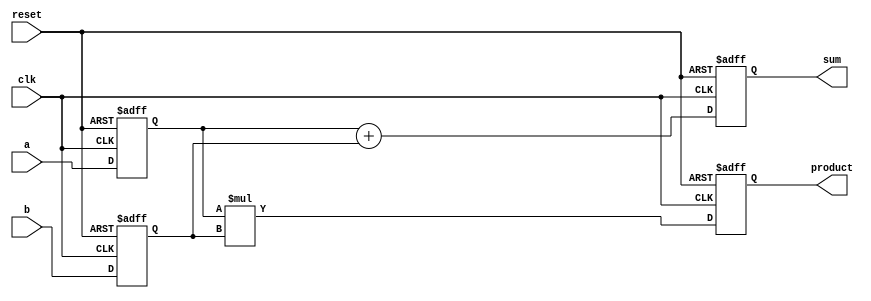
module example_design (
    input wire clk,
    input wire reset,
    input wire [3:0] a,
    input wire [3:0] b,
    output reg [4:0] sum,
    output reg [3:0] product
);

// State variables
reg [3:0] state_a;
reg [3:0] state_b;

// Task to perform addition
task perform_addition;
    input [3:0] x;
    input [3:0] y;
    begin
        sum <= x + y; // Non-blocking assignment for concurrent behavior
    end
endtask

// Task to perform multiplication
task perform_multiplication;
    input [3:0] x;
    input [3:0] y;
    begin
        product <= x * y; // Non-blocking assignment for concurrent behavior
    end
endtask

// Continuous assignment block
always @(posedge clk or posedge reset) begin
    if (reset) begin
        state_a <= 4'b0000;
        state_b <= 4'b0000;
        sum <= 5'b00000;
        product <= 4'b0000;
    end else begin
        state_a <= a; // Update state_a with input a
        state_b <= b; // Update state_b with input b
        
        // Call tasks to perform operations
        perform_addition(state_a, state_b);
        perform_multiplication(state_a, state_b);
    end
end

endmodule